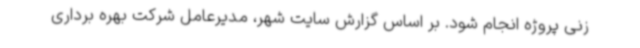
زنی پروژه انجام شود. بر اساس گزارش سایت شهر، مدیرعامل شرکت بهره برداری